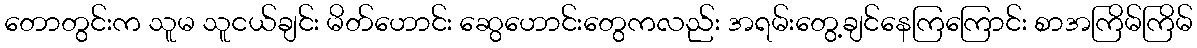
တောတွင်းက သူမ သူငယ်ချင်း မိတ်ဟောင်း ဆွေဟောင်းတွေကလည်း အရမ်းတွေ့ချင်နေကြကြောင်း စာအကြိမ်ကြိမ်